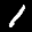
Label: 1